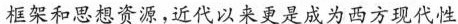
框架和思想资源,近代以来更是成为西方现代性